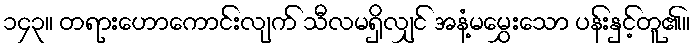
၁၄၃။ တရားဟောကောင်းလျက် သီလမရှိလျှင် အနံ့မမွှေးသော ပန်းနှင့်တူ၏။